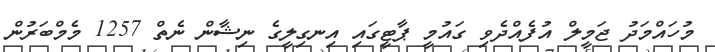
މުހައްމަދު ޖަމީލް އުފެއްދެވި ގައުމީ ޕާޓީގައި އިނގިލީގެ ނިޝާން ނެތް 1257 މެމްބަރުން